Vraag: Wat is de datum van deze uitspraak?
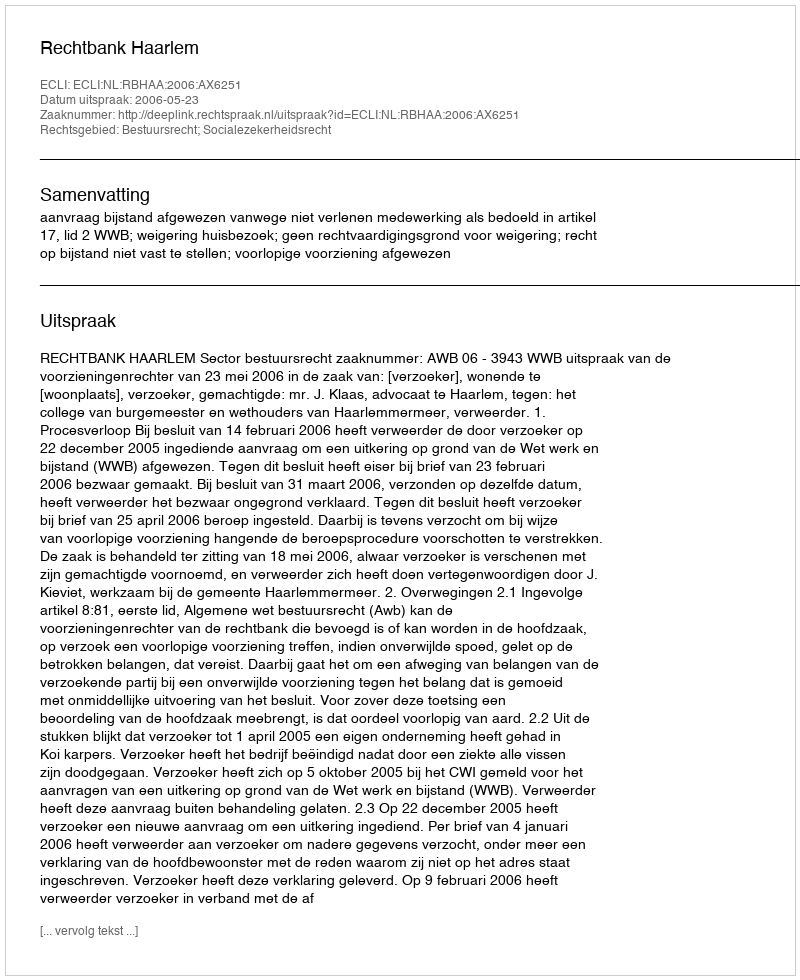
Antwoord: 2006-05-23